65_HS1-834228961_62-HQ-83894_Section_8
Agency: FBI
Page 44
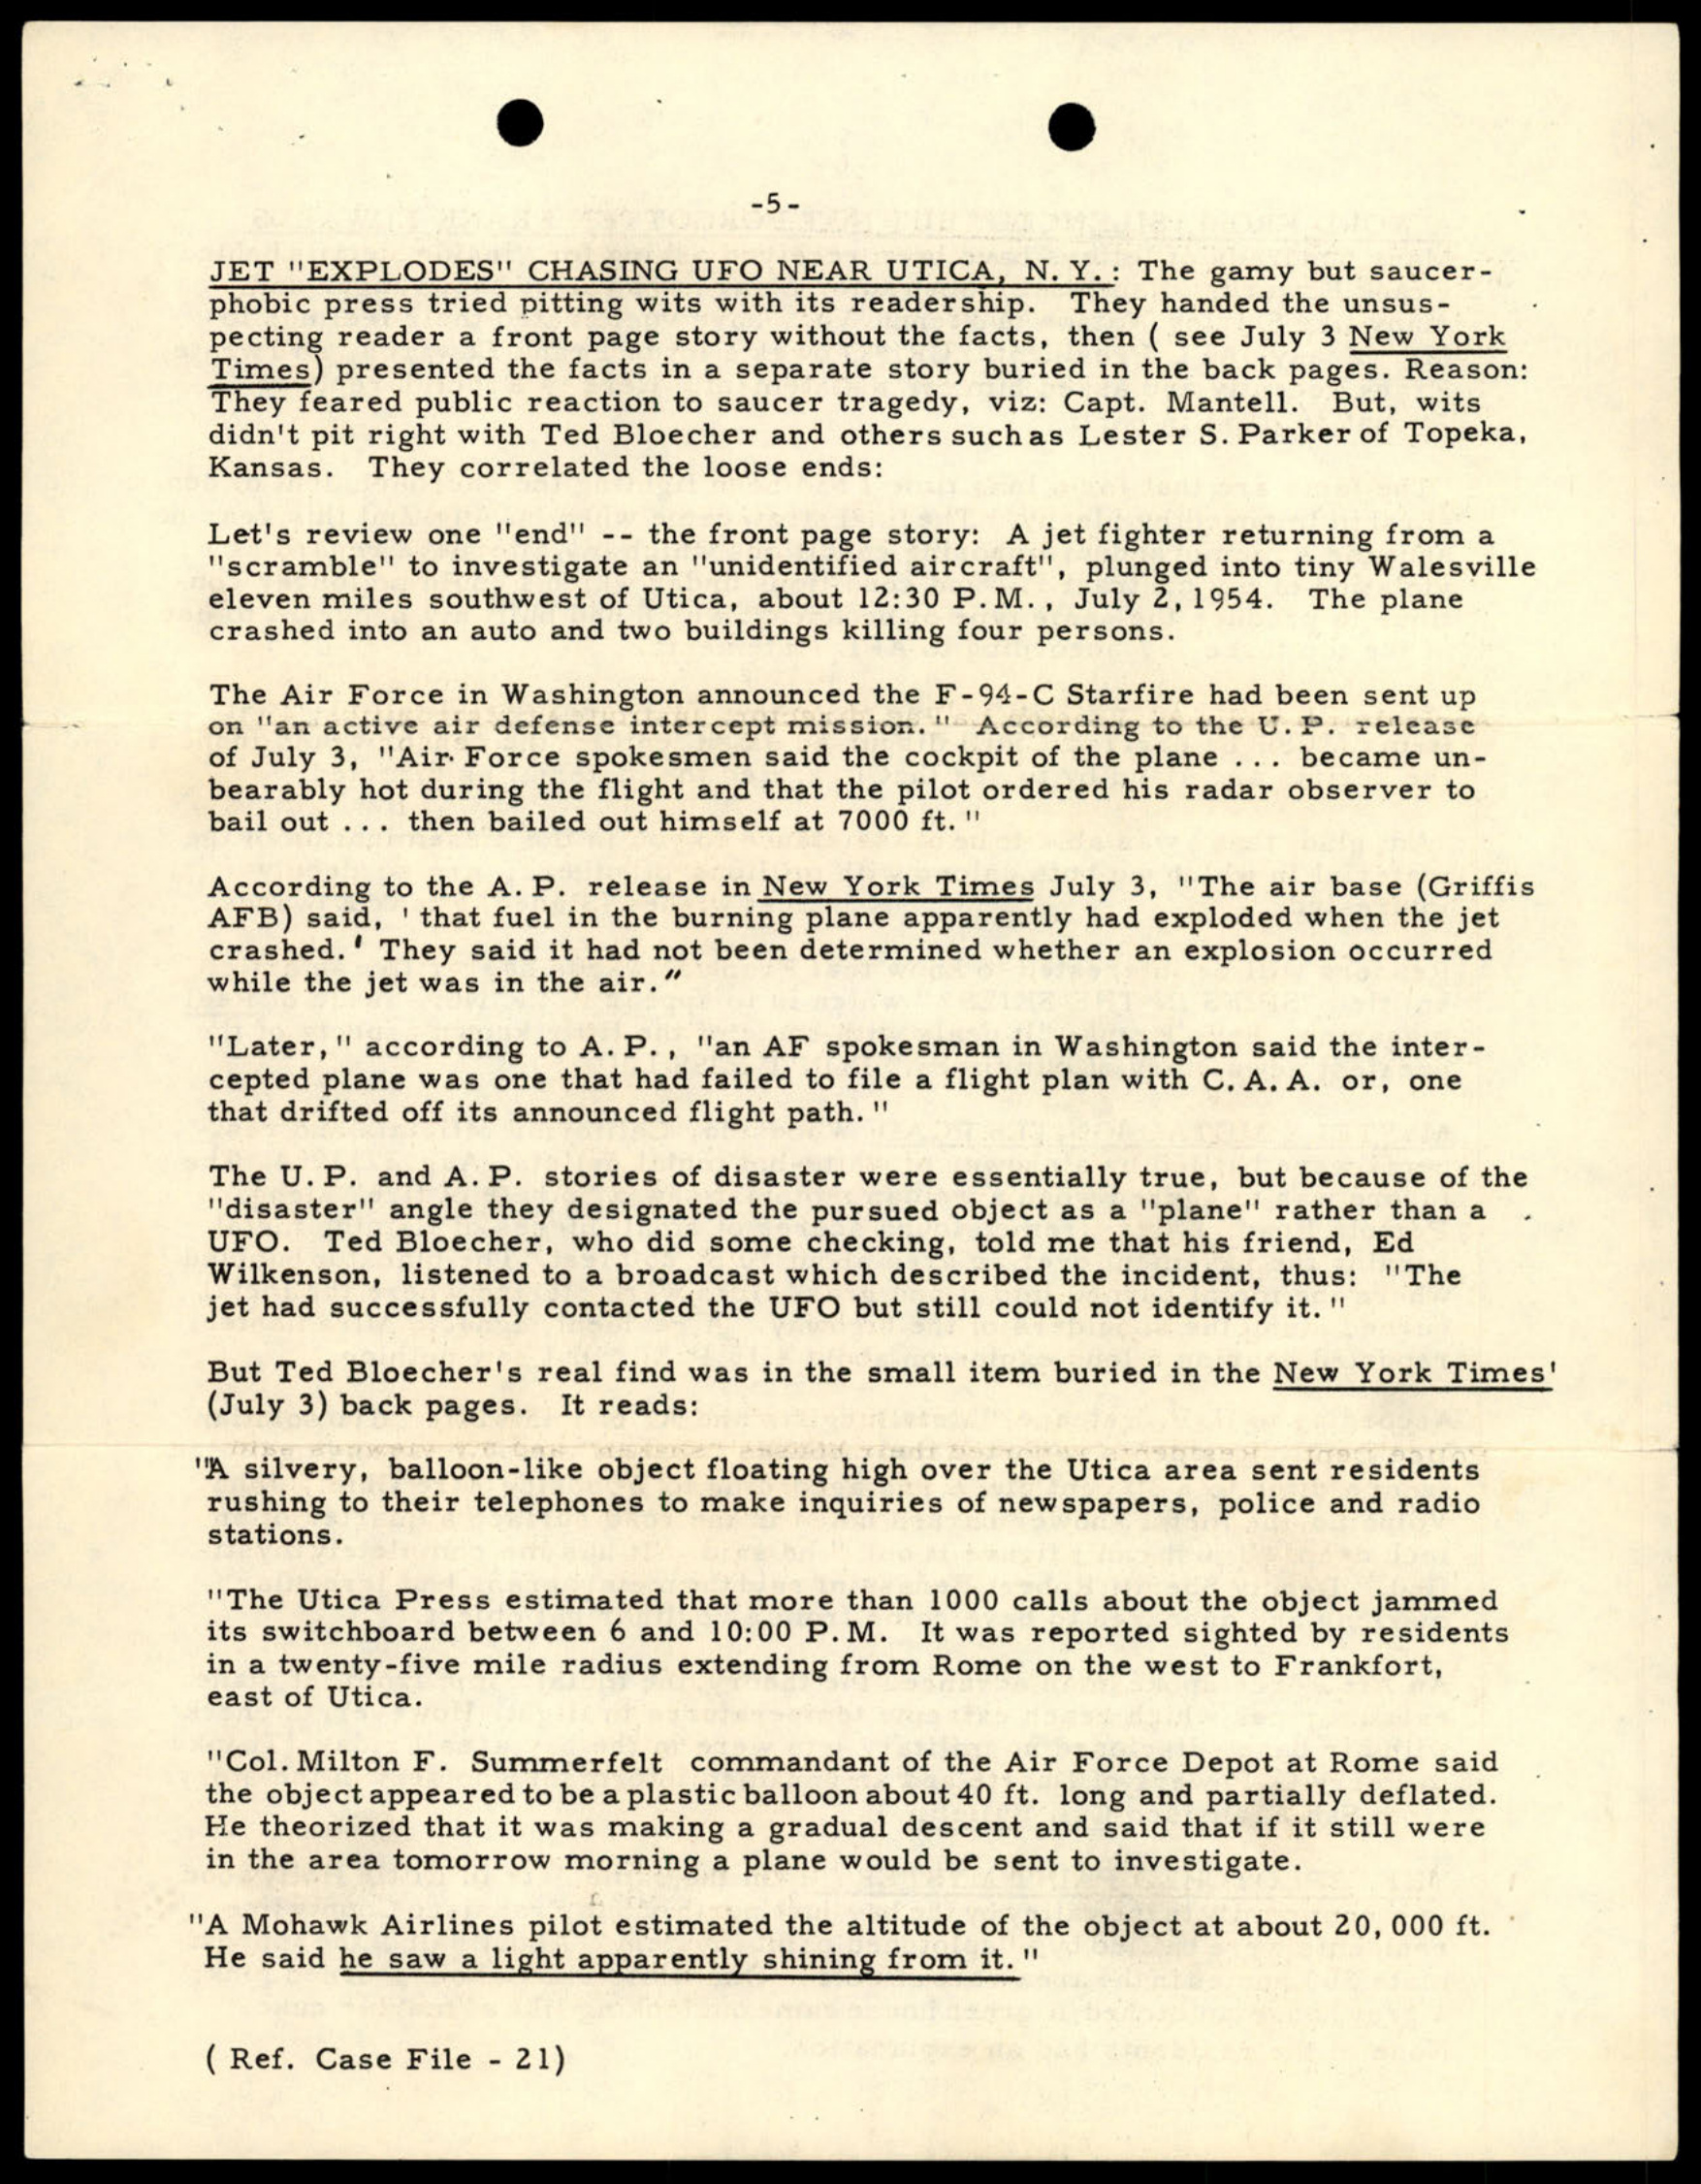